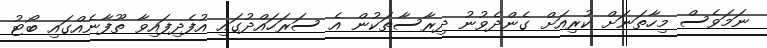
ނަމަވެސް މިހާތަނަށް ކުރިއަށް ގެންދެވުނު ދިރާސާތަކުން އެ ސަރަހައްދުގައި އުފެދިފައިވާ ތޫފާނެއްގައި ބޯޓު